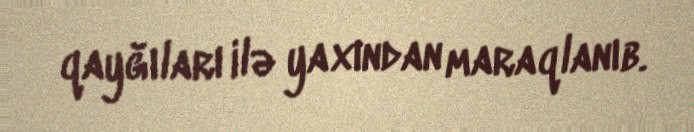
qayğıları ilə yaxından maraqlanıb.